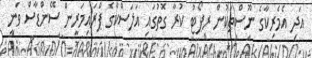
އަދި އެމެރިކާގެ ނޫސްތަކުން ރިޕޯޓު ކުރާ ގޮތުގައި އަލަސްކާގެ ޕްރައިމަރީން ސޭންޑާސް ވަނީ